Lunatic asylums Central Provinces reports 1910-1926 - 1910-1926
Year: 1910
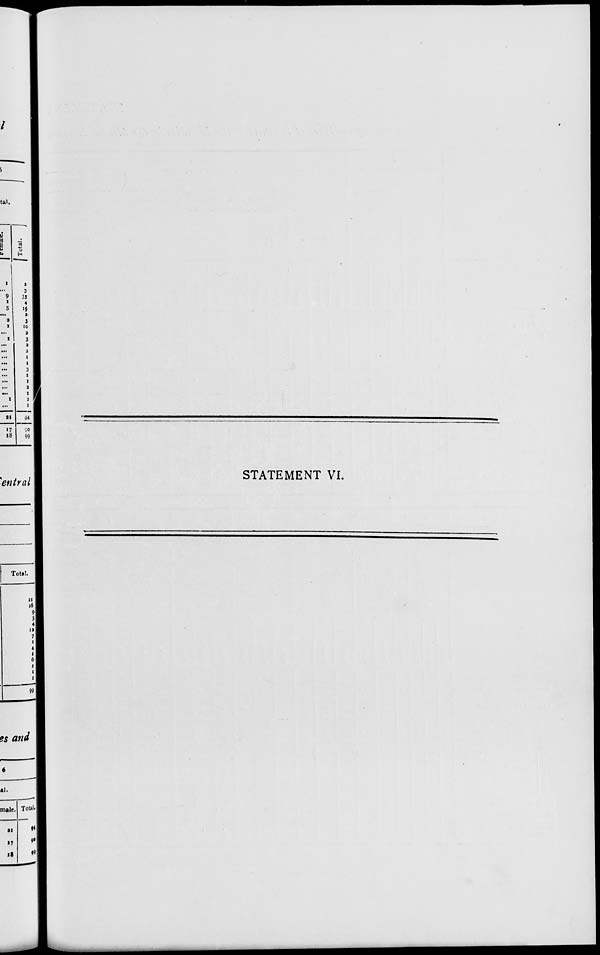
STATEMENT VI.